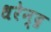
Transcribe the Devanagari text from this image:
धरेन्द्र